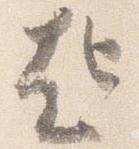
起